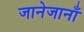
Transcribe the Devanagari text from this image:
जानेजानाँ